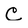
Character: C